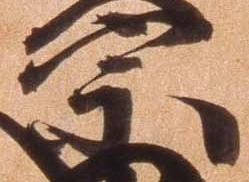
宗